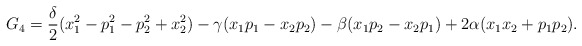
\begin{align*}G_4=\frac{\delta}{2}(x_1^2-p_1^2-p_2^2+x_2^2)-\gamma (x_1p_1-x_2p_2)-\beta (x_1p_2-x_2p_1)+2\alpha (x_1x_2+p_1p_2).\end{align*}